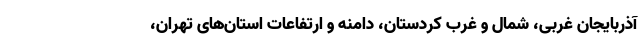
آذربایجان غربی، شمال و غرب کردستان، دامنه و ارتفاعات استان‌های تهران،